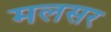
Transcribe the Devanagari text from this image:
मलसर